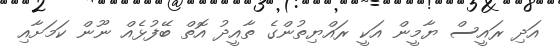
އަދި ރައީސް ޔާމީން އަކީ ރައްޔިތުންގެ ތާއީދު އޮތް ބޭފުޅެއް ނޫން ކަމަށާއި